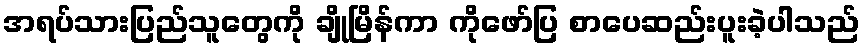
အရပ်သားပြည်သူတွေကို ချိုမြိန်ကာ ကိုဖော်ပြ စာပေဆည်းပူးခဲ့ပါသည်